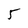
Character: 5